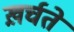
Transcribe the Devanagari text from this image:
ख़र्चते